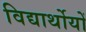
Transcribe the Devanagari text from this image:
विद्यार्थोयों